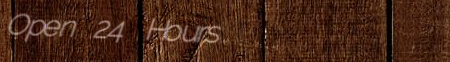
Open 24 Hours